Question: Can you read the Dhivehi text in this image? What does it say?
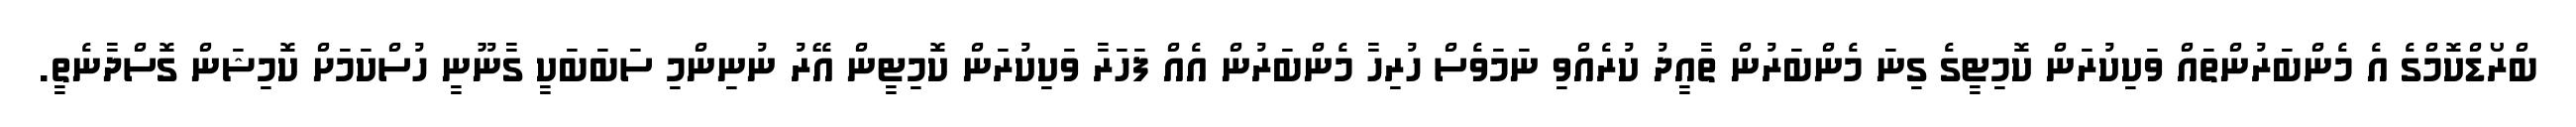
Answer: ބްރޯޑްކޮމްގެ އެ މެންބަރުންތައް ވަކިކުރަން ކޮމިޓީގެ ގިނަ މެންބަރުން ތާއީދު ކުރެއްވި ނަމަވެސް ހުރިހާ މެންބަރުން އެއް ފަހަރާ ވަކިކުރަން ކޮމިޓީން އޭރު ނުނިންމި ސަބަބަކީ ގާނޫނީ ހުސްކަމަށް ކޮމިޝަން ގޮސްދާނެތީ.